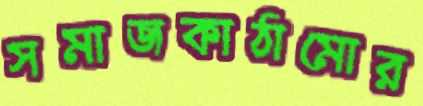
সমাজকাঠামোর